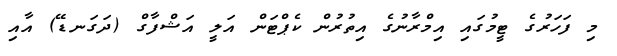
މި ފަހަރުގެ ޓީމުގައި އިމްރާނުގެ އިތުރުން ކެޕްޓަން އަލީ އަޝްފާގް (ދަގަނޑޭ) އާއި